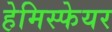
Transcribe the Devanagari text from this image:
हेमिस्फेयर